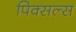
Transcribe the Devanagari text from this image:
पिक्सल्स